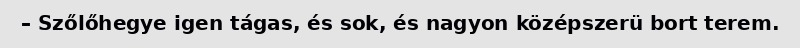
– Szőlőhegye igen tágas, és sok, és nagyon középszerü bort terem.